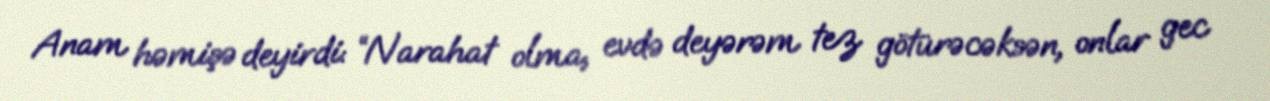
Anam həmişə deyirdi: “Narahat olma, evdə deyərəm tez götürəcəksən, onlar gec